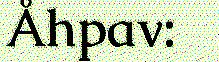
Åhpav: